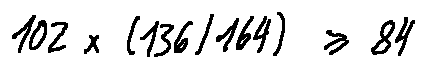
1 0 2 \times ( 1 3 6 / 1 6 4 ) \geq 8 4